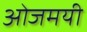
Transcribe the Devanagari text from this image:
ओजमयी